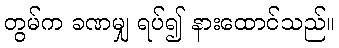
တွမ်က ခဏမျှ ရပ်၍ နားထောင်သည်။